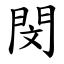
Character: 閔